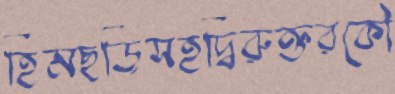
হিমছড়িসহদ্বিরুক্তরকৌ